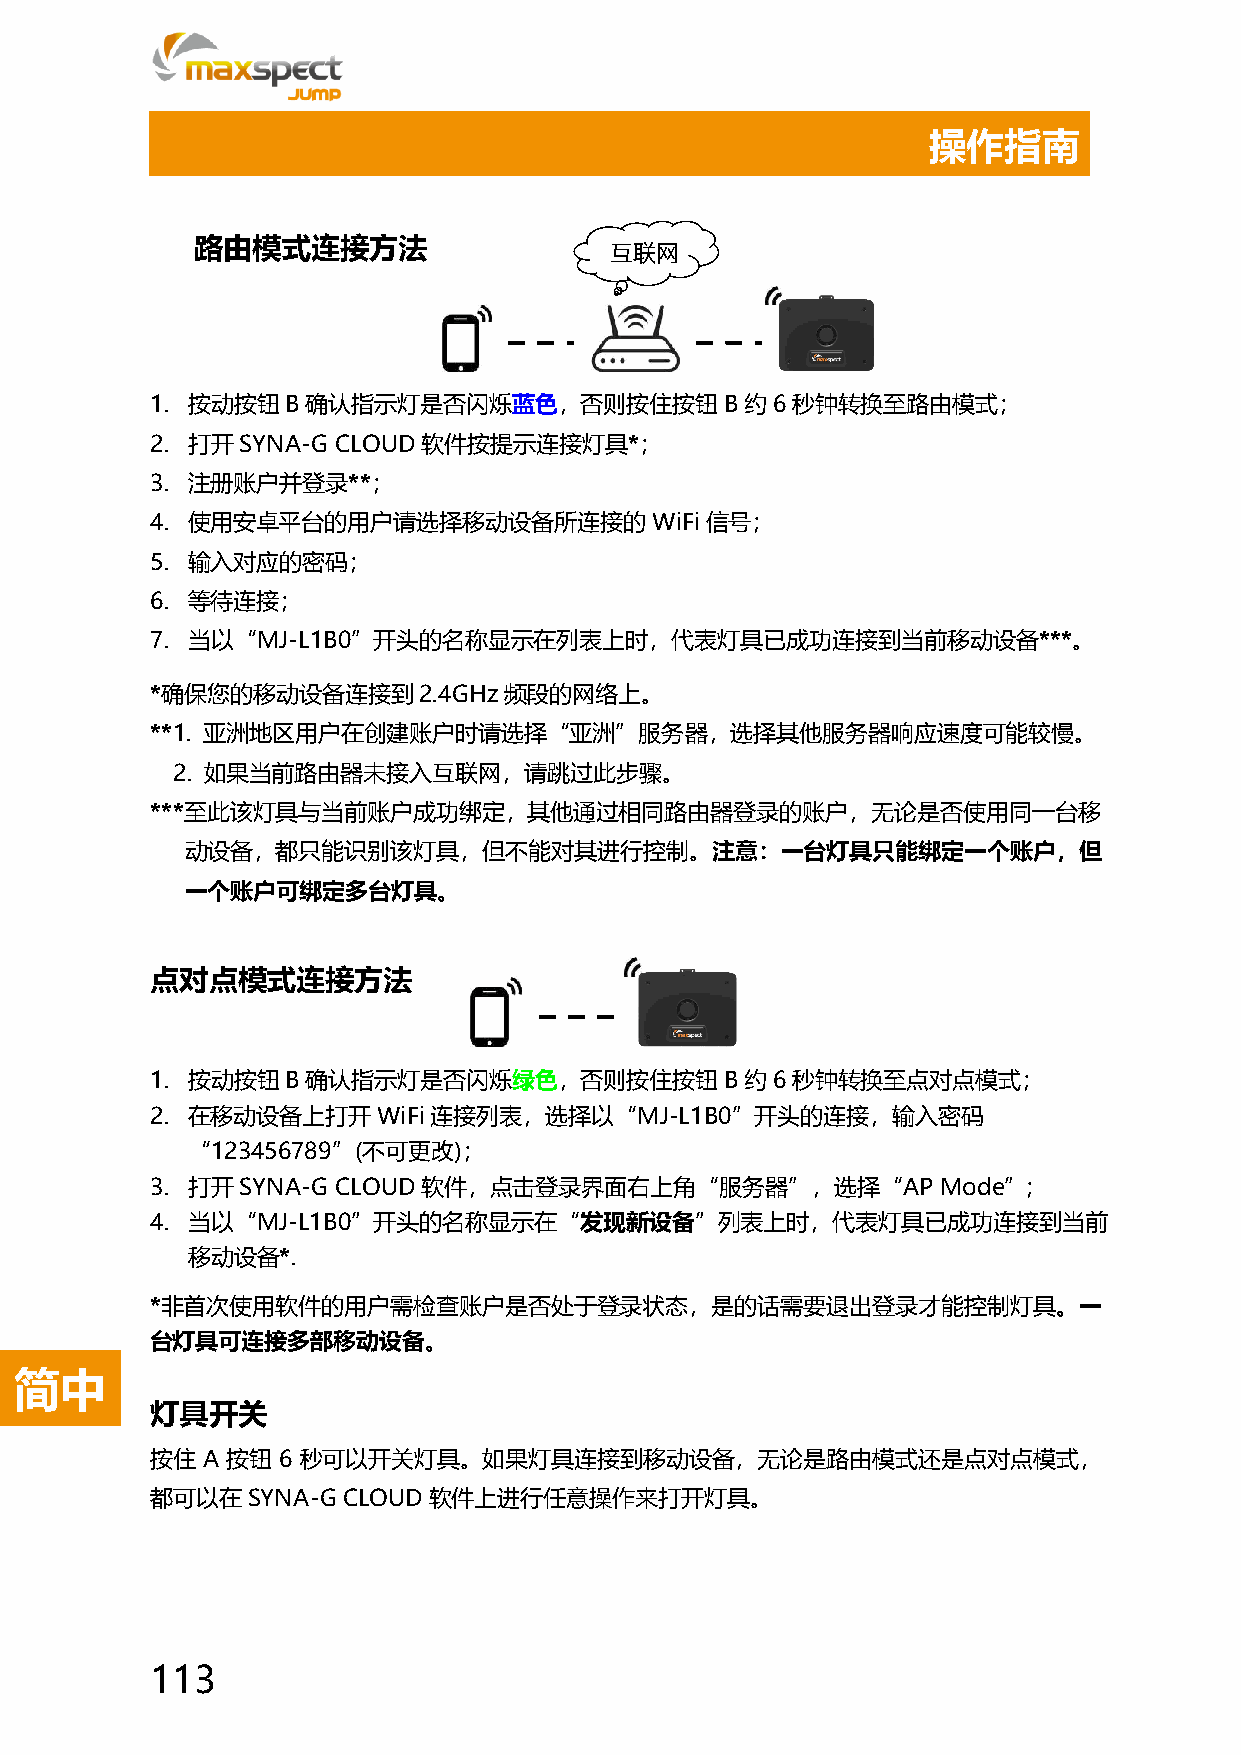
操作指南
 路由模式连接方法
 互联网
 1. 按动按钮B确认指示灯是否闪烁蓝色，否则按住按钮B约6秒钟转换至路由模式；
 2. 打开SYNA-G CLOUD软件按提示连接灯具*；
 3. 注册账户并登录**；
 4. 使用安卓平台的用户请选择移动设备所连接的WiFi信号；
 5. 输入对应的密码；
 6. 等待连接；
 7. 当以“MJ-L1B0”开头的名称显示在列表上时，代表灯具已成功连接到当前移动设备***。
 *确保您的移动设备连接到2.4GHz频段的网络上。
 **1. 亚洲地区用户在创建账户时请选择“亚洲”服务器，选择其他服务器响应速度可能较慢。
 2. 如果当前路由器未接入互联网，请跳过此步骤。
 ***至此该灯具与当前账户成功绑定，其他通过相同路由器登录的账户，无论是否使用同一台移
 动设备，都只能识别该灯具，但不能对其进行控制。注意：一台灯具只能绑定一个账户，但
 一个账户可绑定多台灯具。
 点对点模式连接方法
 1. 按动按钮B确认指示灯是否闪烁绿色，否则按住按钮B约6秒钟转换至点对点模式；
 2. 在移动设备上打开WiFi连接列表，选择以“MJ-L1B0”开头的连接，输入密码
 “123456789”(不可更改)；
 3. 打开SYNA-G CLOUD软件，点击登录界面右上角“服务器”，选择“AP            Mode”;
 4. 当以“MJ-L1B0”开头的名称显示在“发现新设备”列表上时，代表灯具已成功连接到当前
 移动设备*.
 *非首次使用软件的用户需检查账户是否处于登录状态，是的话需要退出登录才能控制灯具。一
 台灯具可连接多部移动设备。
 简中
 灯具开关
 按住 A 按钮 6 秒可以开关灯具。如果灯具连接到移动设备，无论是路由模式还是点对点模式，
 都可以在SYNA-G   CLOUD软件上进行任意操作来打开灯具。
 113